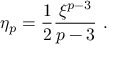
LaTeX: \eta _ { p } = { \frac { 1 } { 2 } } { \frac { \xi ^ { p - 3 } } { p - 3 } } ~ .